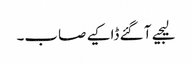
لیجیے آ گئے ڈاکیے صاب۔